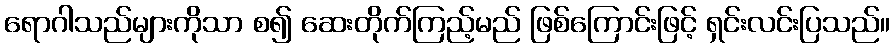
ရောဂါသည်များကိုသာ စ၍ ဆေးတိုက်ကြည့်မည် ဖြစ်ကြောင်းဖြင့် ရှင်းလင်းပြသည်။